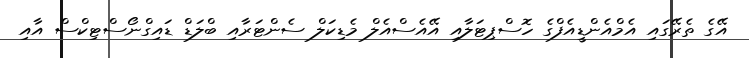
އޭގެ ތެރޭގައި އެމްއެންޑީއެފްގެ ހޮސްޕިޓަލާއި އޭއެސްއެލް މެޑިކަލް ސެންޓަރާއި ބްލަޑް ޑައިގްނޯސްޓިކްސް އާއި